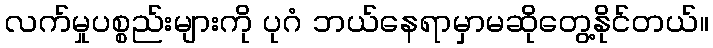
လက်မှုပစ္စည်းများကို ပုဂံ ဘယ်နေရာမှာမဆိုတွေ့နိုင်တယ်။